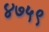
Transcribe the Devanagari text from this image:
४७५९